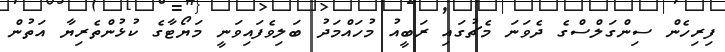
ފިރިހެން ސިންގަލްސްގެ ދެވަނަ މެޗުގައި ރަބީއު މުހައްމަދު ބަލިވެފައިވަނީ މަޔޯޓާގެ ކުޅުންތެރިޔާ އަތުން